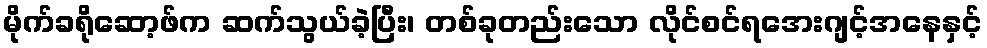
မိုက်ခရိုဆော့ဖ်က ဆက်သွယ်ခဲ့ပြီး၊ တစ်ခုတည်းသော လိုင်စင်ရအေးဂျင့်အနေနှင့်